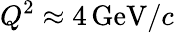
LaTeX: Q^{2}\approx 4\, \mathrm{GeV}/c